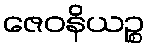
ဇေဝနိယဉ္စ